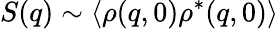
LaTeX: S(q)\sim\langle\rho(q,0)\rho^{\ast}(q,0)\rangle